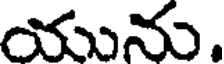
యును.